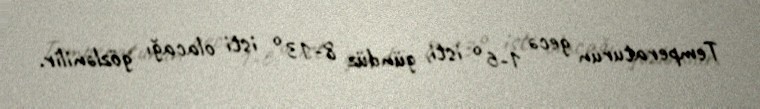
Temperaturun gecə 1-6° isti, gündüz 8-13° isti olacağı gözlənilir.